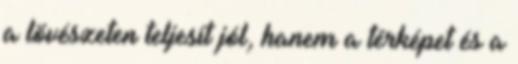
a lövészeten teljesít jól, hanem a térképet és a